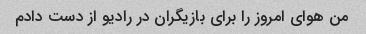
من هوای امروز را برای بازیگران در رادیو از دست دادم